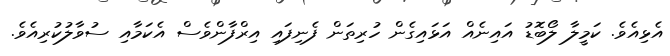
އެޅިއެވެ. ކަމީލާ ލޯބޮޑު އައިނެއް އަޅައިގެން ހުރިތަން ފެނިފައި އިރްފާންވެސް އެކަމާއި ސުވާލުކުރިއެވެ.